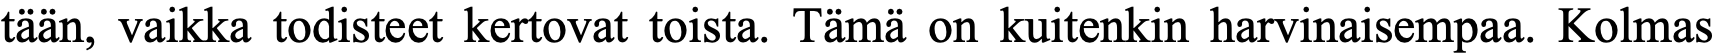
tään, vaikka todisteet kertovat toista. Tämä on kuitenkin harvinaisempaa. Kolmas